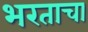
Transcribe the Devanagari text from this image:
भरताचा